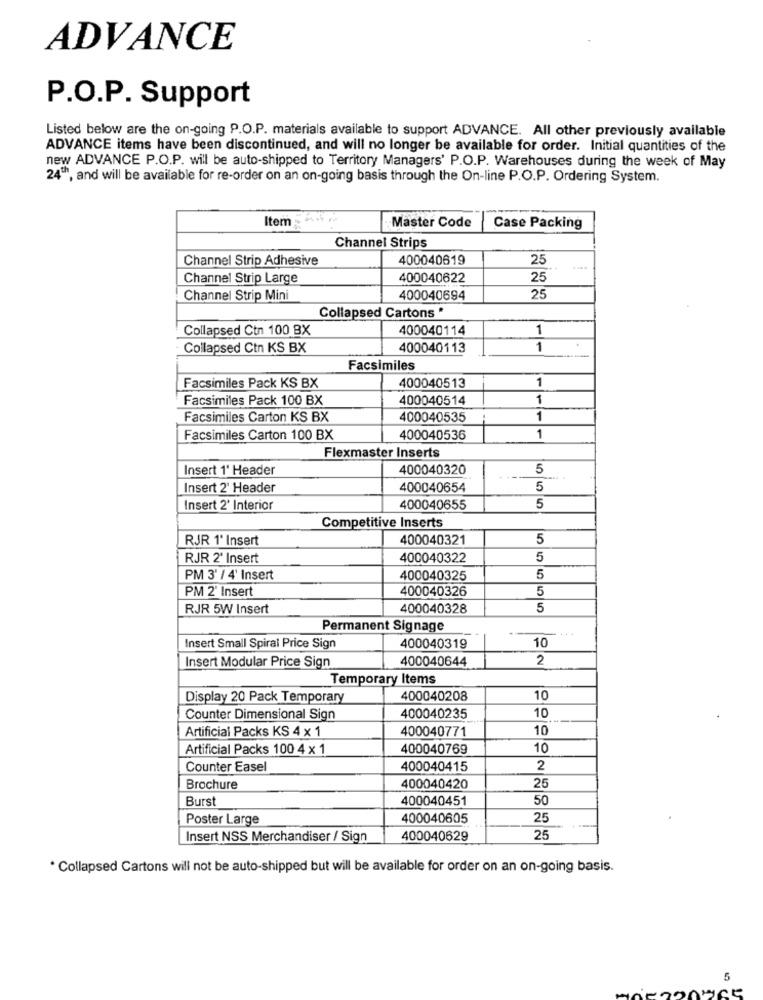
ADVANCE
P.O.P. Support
Listed below are the on-going P.O.P. materials available to support ADVANCE. All other previously available
ADVANCE items have been discontinued, and will no longer be available for order. Initial quantities of the
new ADVANCE P.O.P. will be auto-shipped to Territory Managers' P.O.P. Warehouses during the week of May
24Th, and will be available for re-order on an on-going basis through the On-line P.O.P. Ordering System.
Item
Master Code
Case Packing
Channel Strips
Channel Strip Adhesive
400040619
25
Channel Strip Large
400040622
25
Channel Strip Mini
400040694
25
Collapsed Cartons *
Collapsed Ctn 100 BX
400040114
1
Collapsed Ctn KS BX
400040113
1
Facsimiles
400040513
1
Facsimiles Pack KS BX
Facsimiles Pack 100 BX
400040514
1
Facsimiles Carton KS BX
400040535
1
Facsimiles Carton 100 BX
400040536
1
Flexmaster Inserts
Insert 1' Header
400040320
5
Insert 2' Header
400040654
5
Insert 2' Interior
400040655
5
Competitive Inserts
RJR 1' Insert
400040321
5
RJR 2' Insert
400040322
5
PM 3' / 4' Insert
400040325
5
PM 2' Insert
400040326
5
RJR 5W Insert
400040328
5
Permanent Signage
10
Insert Small Spiral Price Sign
400040319
Insert Modular Price Sign
400040644
2
Temporary Items
Display 20 Pack Temporary
400040208
10
Counter Dimensional Sign
400040235
10
Artificial Packs KS 4 x 1
400040771
10
Artificial Packs 100 4 x 1
400040769
10
Counter Easel
400040415
2
Brochure
400040420
25
Burst
400040451
50
Poster Large
400040605
25
Insert NSS Merchandiser / Sign
400040629
25
* Collapsed Cartons will not be auto-shipped but will be available for order on an on-going basis.
5